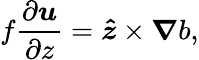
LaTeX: f\frac{\partial\boldsymbol{u}}{\partial z}=\boldsymbol{\hat{z}}\times\boldsymbol{\nabla}b,